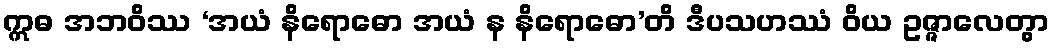
ဣဓ အဘဝိဿ ‘အယံ နိရောဓော အယံ န နိရောဓော’တိ ဒီပသဟဿံ ဝိယ ဥဇ္ဇာလေတွာ